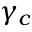
\gamma _ { c }